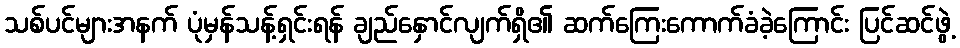
သစ်ပင်များအနက် ပုံမှန်သန့်ရှင်းရန် ချည်နှောင်လျက်ရှိ၏ ဆက်ကြေးကောက်ခံခဲ့ကြောင်း ပြင်ဆင်ဖွဲ့